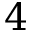
4